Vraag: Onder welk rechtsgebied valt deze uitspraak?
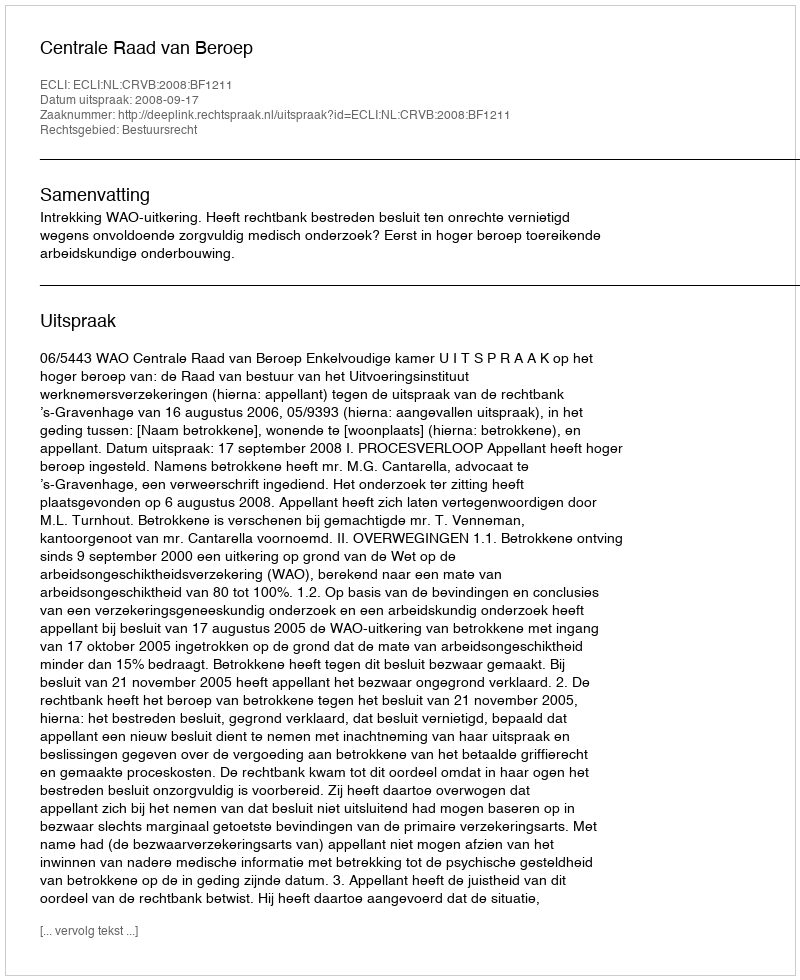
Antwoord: Bestuursrecht